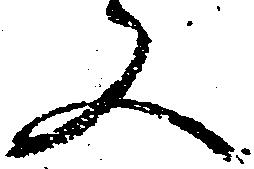
又